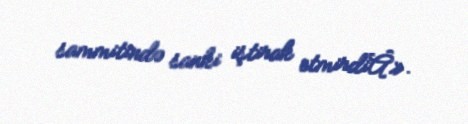
sammitində sanki iştirak etmirdiÂ».